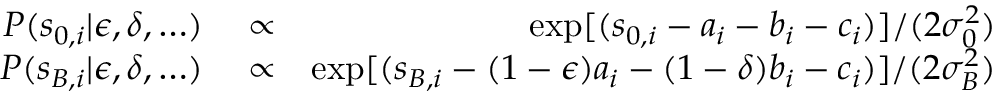
\begin{array} { r l r } { P ( s _ { 0 , i } | \epsilon , \delta , \ldots ) } & { { } \propto } & { \exp [ ( s _ { 0 , i } - a _ { i } - b _ { i } - c _ { i } ) ] / ( 2 \sigma _ { 0 } ^ { 2 } ) } \\ { P ( s _ { B , i } | \epsilon , \delta , \ldots ) } & { { } \propto } & { \exp [ ( s _ { B , i } - ( 1 - \epsilon ) a _ { i } - ( 1 - \delta ) b _ { i } - c _ { i } ) ] / ( 2 \sigma _ { B } ^ { 2 } ) } \end{array}